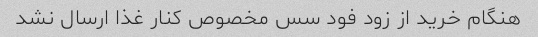
هنگام خرید از زود فود سس مخصوص کنار غذا ارسال نشد